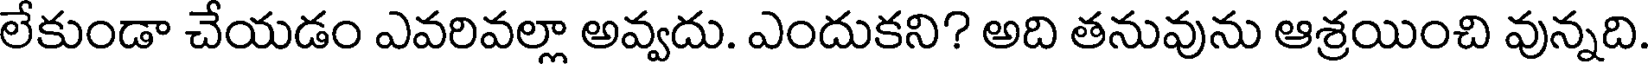
లేకుండా చేయడం ఎవరివల్లా అవ్వదు. ఎందుకని? అది తనువును ఆశ్రయించి వున్నది